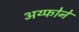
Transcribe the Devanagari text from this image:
अय्फोने